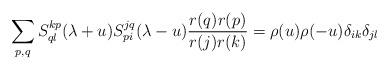
LaTeX: \begin{align*} \sum_{p, q} S^{kp}_{ql}(\lambda + u) S^{jq}_{pi}(\lambda - u) \frac{r(q)r(p)}{r(j)r(k)} = \rho (u) \rho (-u) \delta_{ik}\delta_{jl}\end{align*}